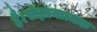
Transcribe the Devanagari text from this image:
है।संज्ञानात्मक